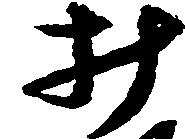
み